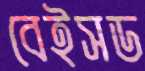
বেইসড